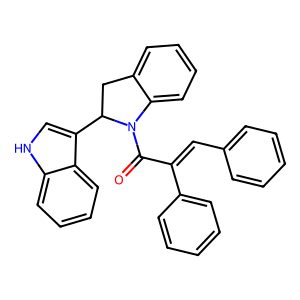
SMILES: O=C(C(=Cc1ccccc1)c1ccccc1)N1c2ccccc2CC1c1c[nH]c2ccccc12
Inhibits HIV replication: No